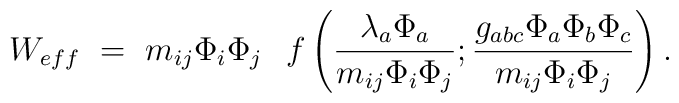
W_{eff} ~=~ m_{ij} \Phi_i \Phi_j \hspace{.3cm}f\left( \frac{\lambda_{a} \Phi_a}{m_{ij} \Phi_i \Phi_j}  ; \frac{g_{abc}\Phi_a \Phi_b\Phi_c} {m_{ij} \Phi_i \Phi_j} \right)  .